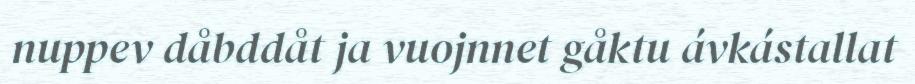
nuppev dåbddåt ja vuojnnet gåktu ávkástallat